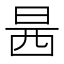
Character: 𰕿